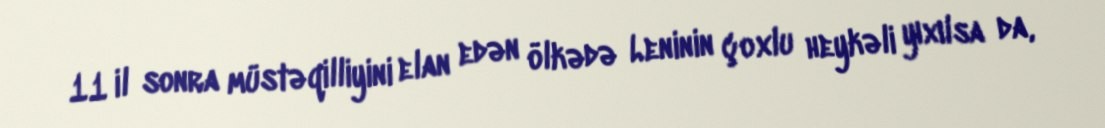
11 il sonra müstəqilliyini elan edən ölkədə Leninin çoxlu heykəli yıxılsa da,